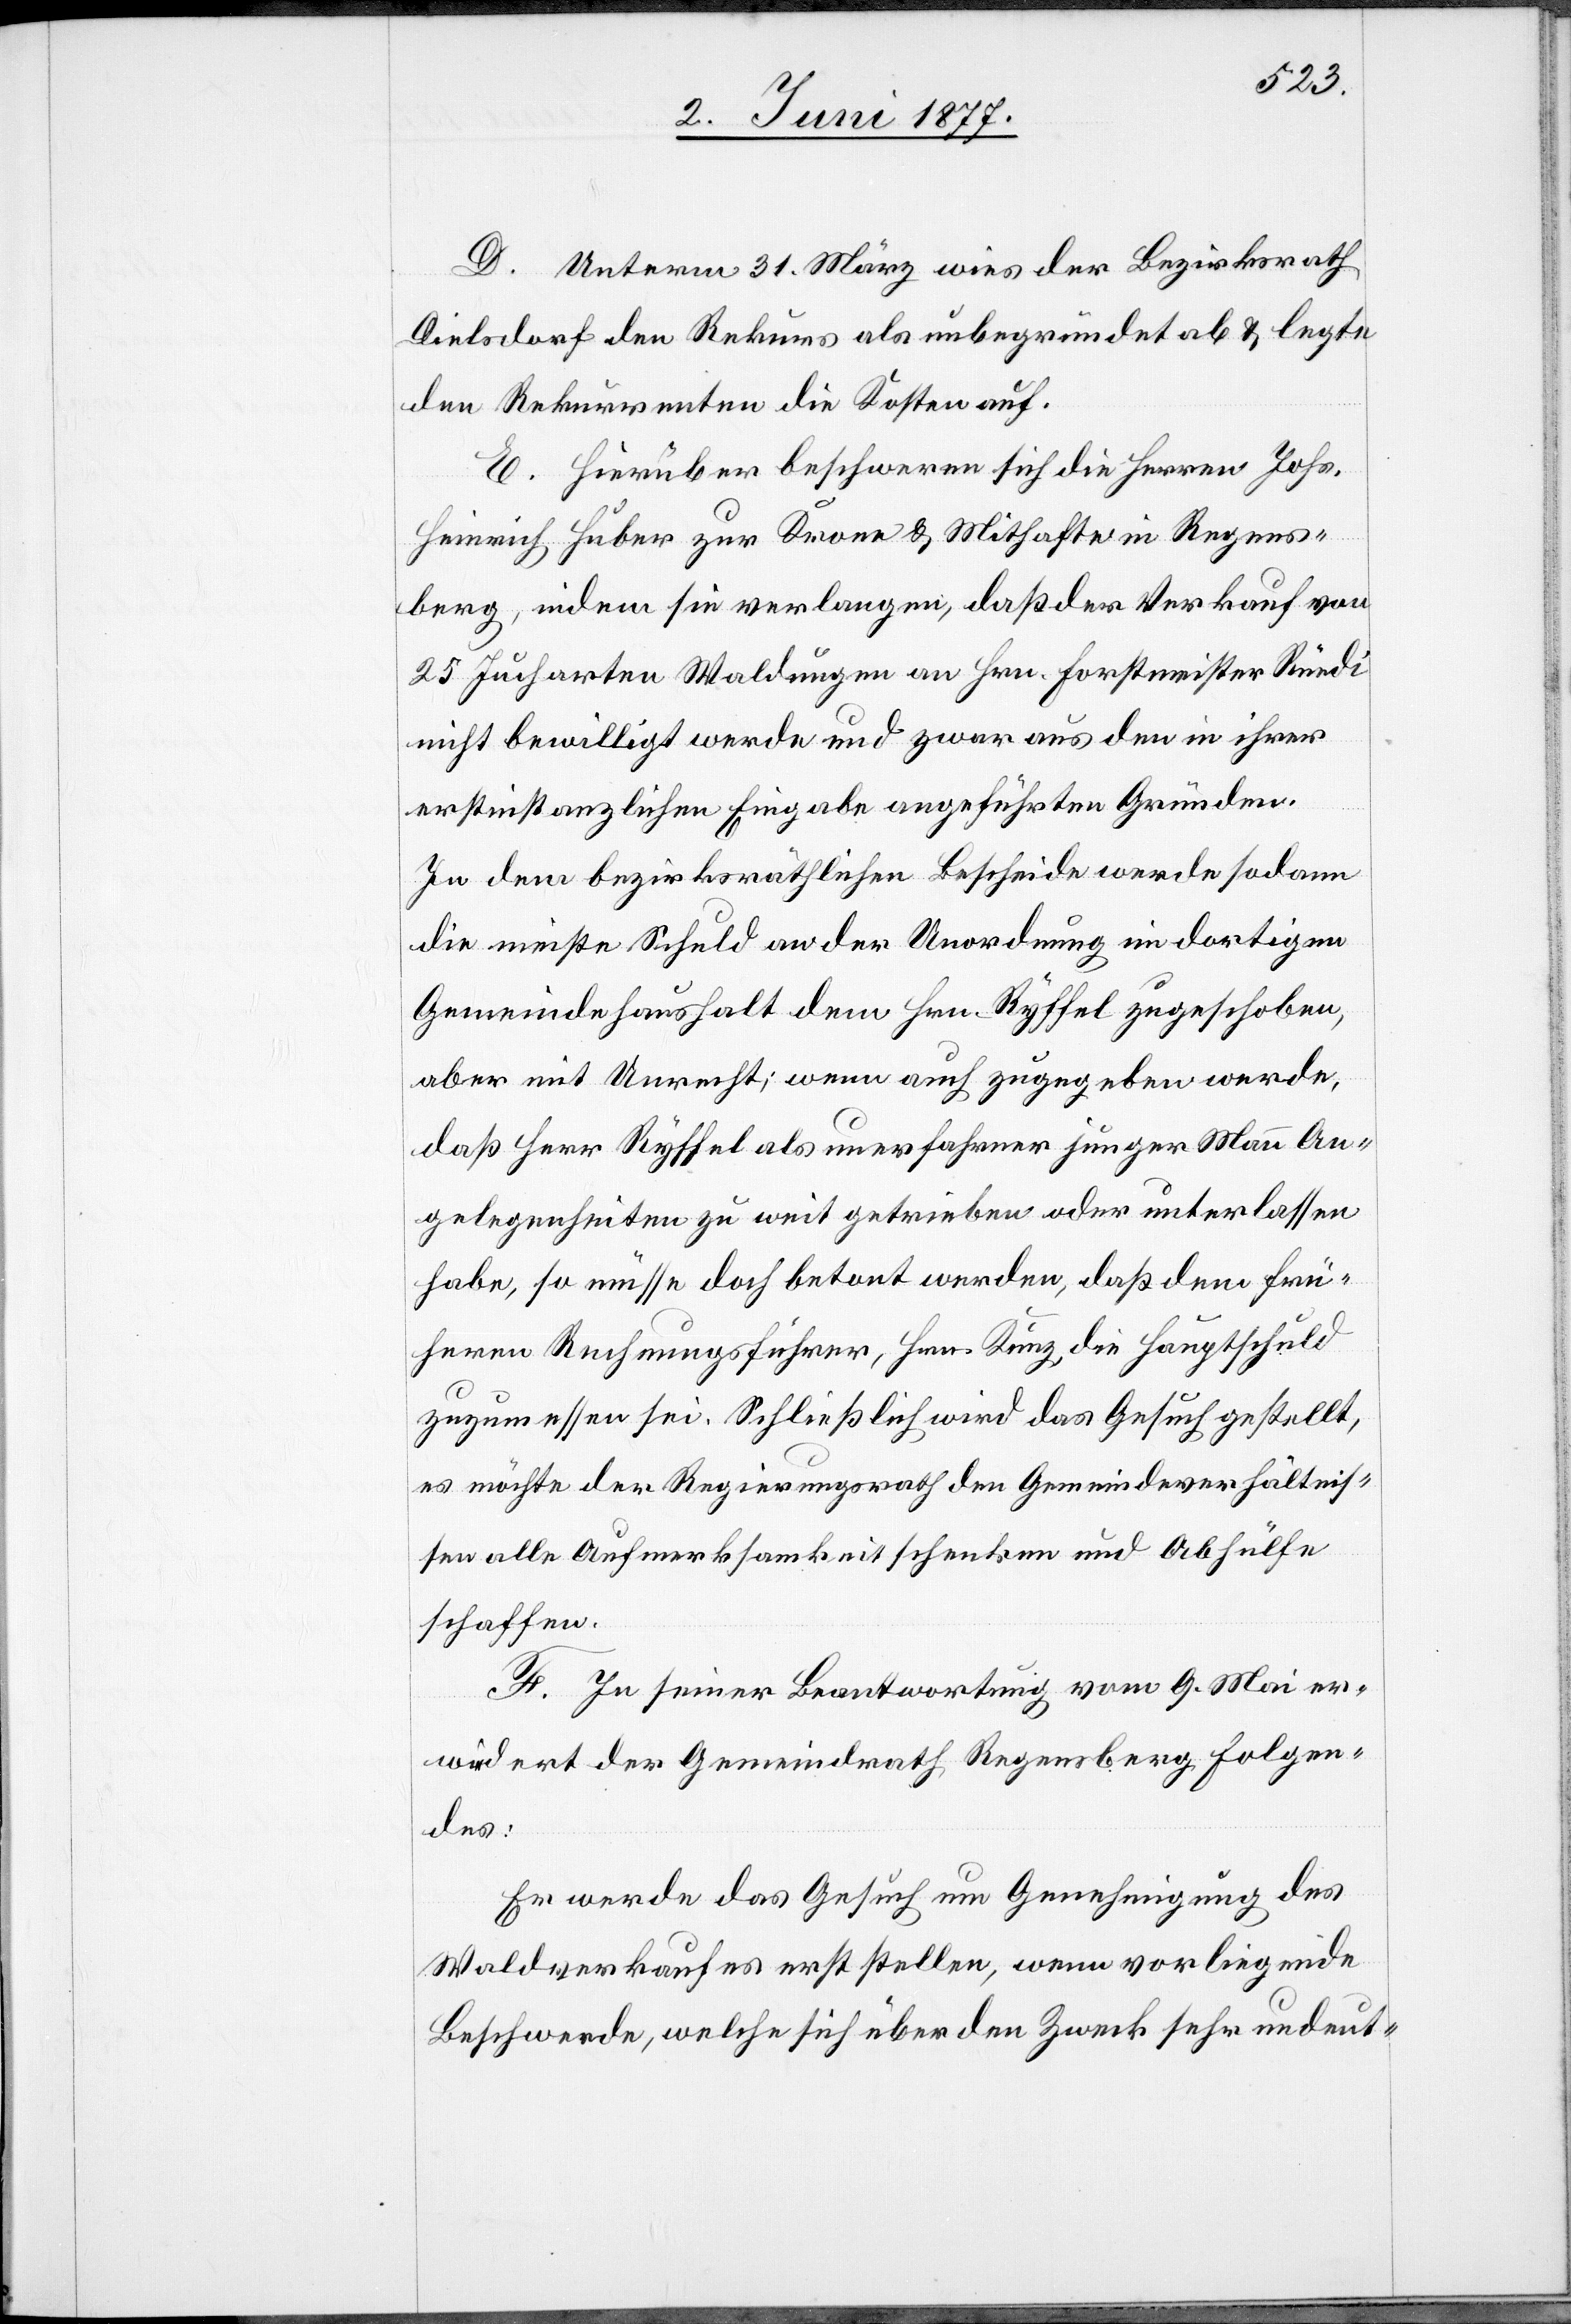
D. Unterm 31 März wies der Bezirksrath
Dielsdorf den Rekurs als unbegründet ab & legte
den Rekurrenten die Kosten auf.
E. Hierüber beschweren sich die Herren Johs.
Heinrich Huber zur Krone & Mithafte in Regens¬
berg, indem sie verlangen, daß der Verkauf von
25 Jucharten Waldungen an Hrn. Forstmeister Rüedi
nicht bewilligt werde und zwar aus den in ihrer
erstinstanzlichen Eingabe angeführten Gründen.
In dem bezirksräthlichen Bescheide werde sodann
die meiste Schuld an der Unordnung im dortigen
Gemeindehaushalt dem Hrn. Ryffel zugeschoben,
aber mit Unrecht; wenn auch zugegeben werde,
daß Herr Ryffel als unerfahrner junger Mann An¬
gelegenheiten zu weit getrieben oder unterlassen
habe, so müsse doch betont werden, daß dem frü¬
heren Rechnungsführer, Hrn. Kunz, die Hauptschuld
zuzumessen sei. Schließlich wird das Gesuch gestellt,
es möchte der Regierungsrath den Gemeindeverhältnis¬
sen alle Aufmerksamkeit schenken und Abhülfe
schaffen.
F. In seiner Beantwortung vom 9. Mai er¬
wiedert der Gemeindrath Regensberg Folgen¬
des:
Er werde das Gesuch um Genehmigung des
Waldverkaufes erst stellen, wenn vorliegende
Beschwerde, welche sich über den Zweck sehr undeut-